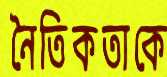
নৈতিকতাকে